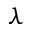
\lambda